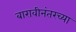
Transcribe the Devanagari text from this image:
बारावीनंतरच्या